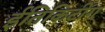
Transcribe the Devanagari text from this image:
ईतिकिटींग